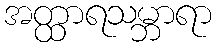
အတ္ထာရသမ္ဘာရာ